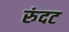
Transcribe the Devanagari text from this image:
रुंदट